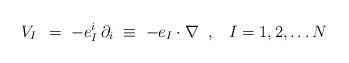
LaTeX: \begin{align*}V_I \, \;=\; -e_I^i \, \partial_i \;\equiv\; -e_I \cdot \nabla \;\;, \;\;\; I=1,2,\ldots N\end{align*}